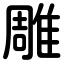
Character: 雕